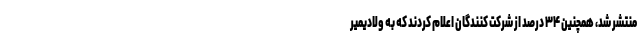
منتشر شد، همچنین ۳۴ درصد از شرکت کنندگان اعلام کردند که به ولادیمیر